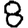
Digit: 8